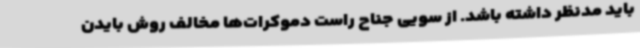
باید مدنظر داشته باشد. از سویی جناح راست دموکرات‌ها مخالف روش بایدن